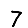
Digit: 7